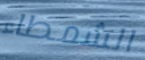
الشمطاء